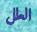
العلل